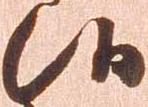
候